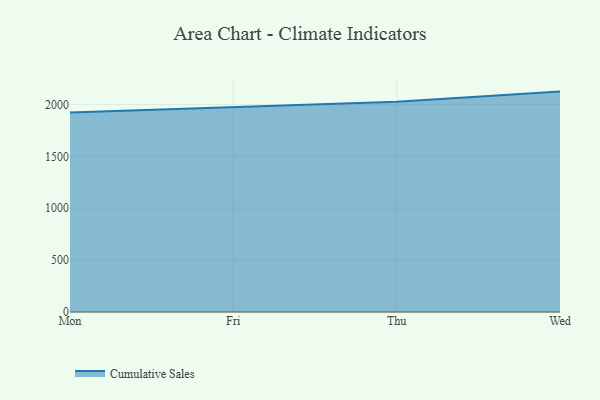
{"axis": {"x": "Day", "y": "Inventory Turnover"}, "legend": ["Cumulative Sales"], "data": [{"x": "Mon", "y": 1921.8, "type": "Cumulative Sales"}, {"x": "Fri", "y": 1976.0, "type": "Cumulative Sales"}, {"x": "Thu", "y": 2025.5, "type": "Cumulative Sales"}, {"x": "Wed", "y": 2123.6, "type": "Cumulative Sales"}]}